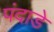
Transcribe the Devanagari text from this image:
पंदाडे